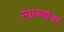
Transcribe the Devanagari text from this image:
त्याच्यांवर